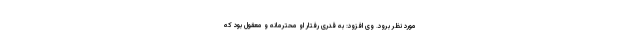
مورد نظر برود. وی افزود: به قدری رفتار او محترمانه و معقول بود که